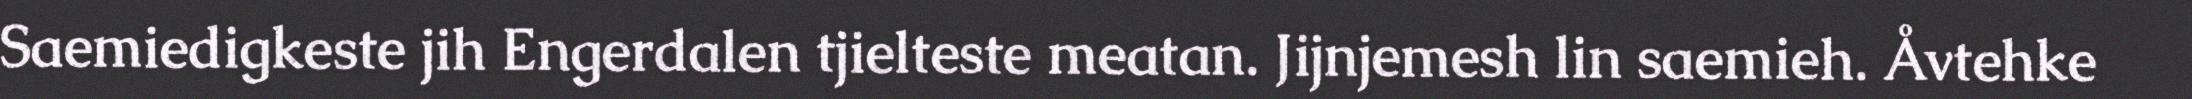
Saemiedigkeste jih Engerdalen tjielteste meatan. Jijnjemesh lin saemieh. Åvtehke